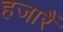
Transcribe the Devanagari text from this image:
हजारैं